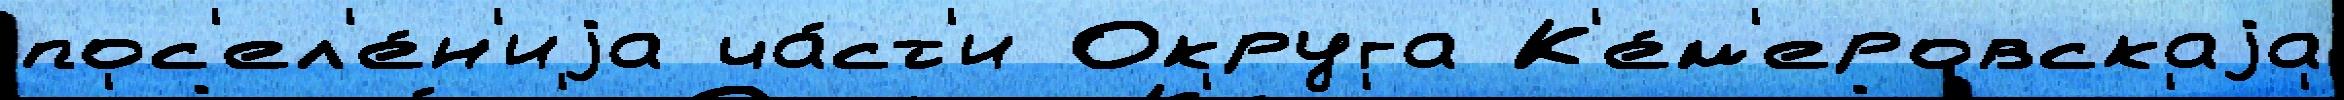
пос'ел'е́н'иjа ча́ст'и Округа К'е́м'еровскаjа